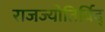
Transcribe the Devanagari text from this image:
राजज्योतिर्विद्